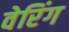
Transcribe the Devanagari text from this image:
वेरिंग